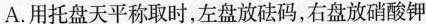
A.用托盘天平称取时，左盘放砝码，右盘放硝酸钾